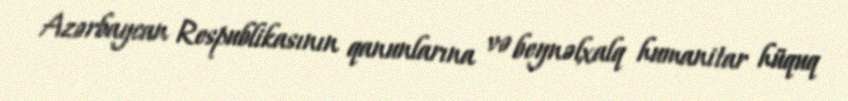
Azərbaycan Respublikasının qanunlarına və beynəlxalq humanitar hüquq